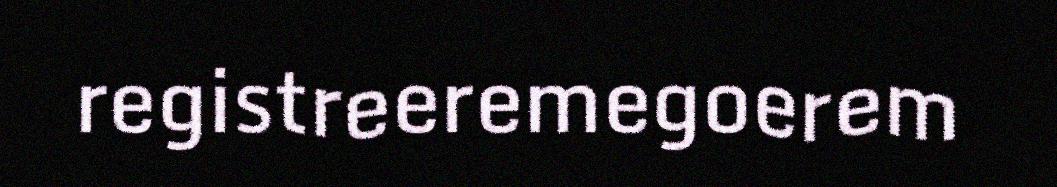
registreeremegoerem